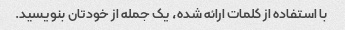
با استفاده از کلمات ارائه شده، یک جمله از خودتان بنویسید.